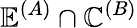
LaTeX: \mathbb{E}^{(A)}\cap\mathbb{C}^{(B)}